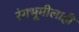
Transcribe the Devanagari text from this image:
रंगभूमीलाही